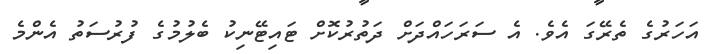
އަހަރުގެ ތެރޭގަ އެވެ. އެ ސަރަހައްދަށް ދަތުރުކޮށް ޓައިޓޭނިކު ބެލުމުގެ ފުރުސަތު އެންމެ